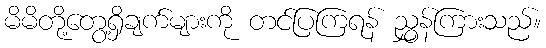
မိမိတို့တွေ့ရှိချက်များကို တင်ပြကြရန် ညွှန်ကြားသည်။